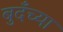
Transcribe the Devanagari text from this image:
बुदँच्या